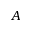
A